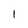
Character: 1